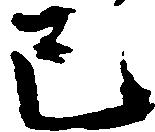
巳